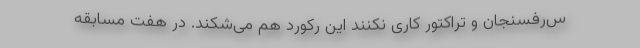
س‌رفسنجان و تراکتور کاری نکنند این رکورد هم می‌شکند. در هفت مسابقه